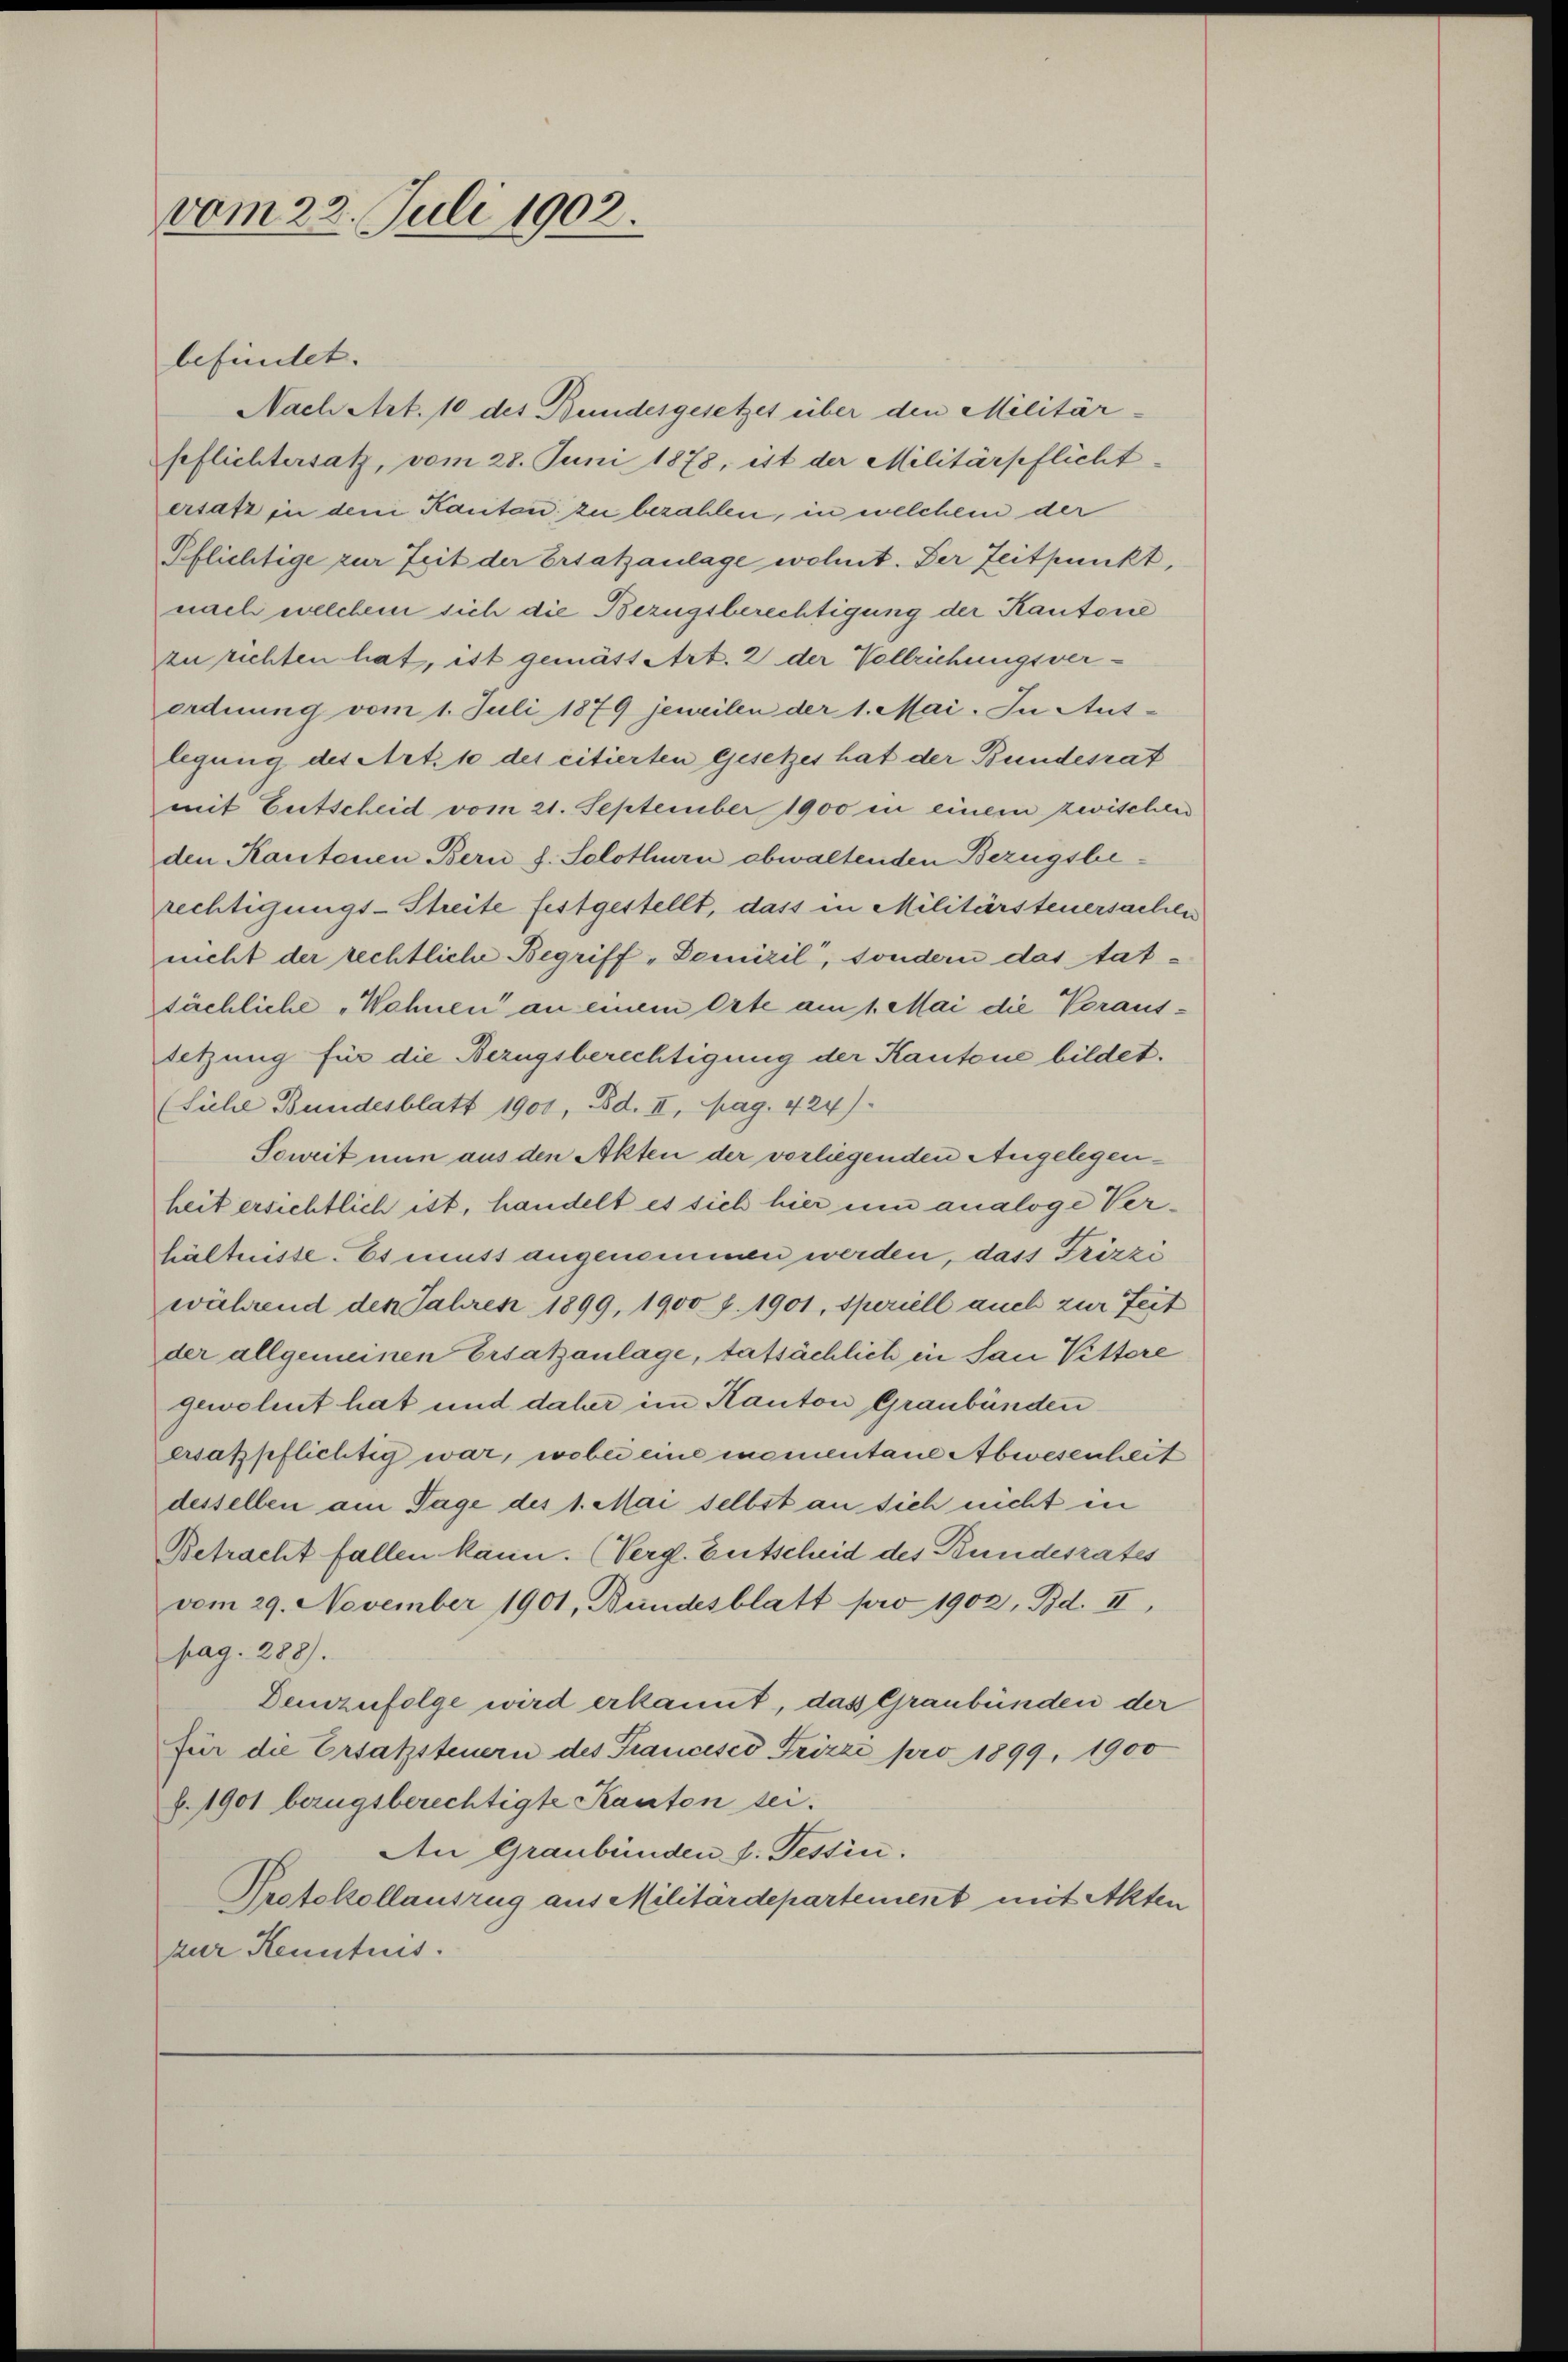
vom 22. Juli 1902.

befindet. |
Nach Art. 10 des Bundesgesetzes über den Militär-
seflichtersatz, vom 28. Juni 1878, ist der Militärpflicht
ersatz in dem Kauten zu bezahlen, in welchem der
Pflichtige zur Zeit der Ersatzanlage wohnt. Der Zeitpunkt,
nach welchem sich die Bezugsberechtigung der Kantone
zu richten hat, ist gemäss Art. 2 der Vollziehungsverordnung vom 1. Juli 1879 jeweilen der 1. Mai. In Aus-
legung des Art. 10 des citierten Gesetzes hat der Bundesrat
mit Entscheid vom 21. September 1900 in einem zwischen
den Kantonen Bern f. Solothurn abwaltenden Bezugsbe
rechtigungs-Streite festgestellt, dass in Militärsteuersachen
nicht der rechtliche Begriff-Domizil, sondern das tatsächliche „Wohnen an einem Orte am 1. Mai die Voraus:
setzung für die Bezugsberechtigung der Kantone bildet.
(Siche Bundesblatt 1901, Bd. II, pag. 424).
Soweit nun aus den Akten der vorliegenden Angelegenheit ersichtlich ist, handelt es sich hier um analoge Verhältnisse. Es muss angenommen werden, dass Frizzi
während den Jahren 1899, 1900 f. 1901, Speriell auch zur Zeit
der allgemeinen Ersatzanlage, tatsächlich in San Vittore
gewohnt hat und daher im Kanton Graubünden
ersatzpflichtig war, wobei eine mementane Abwesenheit
dessellen am Tage des 1. Mai selbst an sich nicht in
Betracht fallen kann. (Verg. Entscheid des Bundesrates
vom 29. November 1901, Bundesblatt pro 1902, Bd. II,
pag. 288).
Demzufolge wird erkannt, das Graubünden der
für die Ersatzsteuern des Francisco Frizzi pro 1899, 1900
b.1901 bezugsberechtigte Kanton sei.
An Graubünden s. Tessin.
Protokollauszug aus Militärdepartement mit Akten
zur Kenntnis.